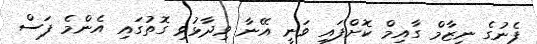
ފެނުގެ ނިޒާމް ގާއިމް ކޮށްފައި ވަނީ އޭނާ ވިދާޅުވި ގޮތުގައި އެންމެ ފަސް